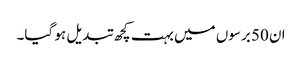
ان 50 برسوں میں بہت کچھ تبدیل ہو گیا۔